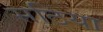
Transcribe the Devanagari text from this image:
सठिया